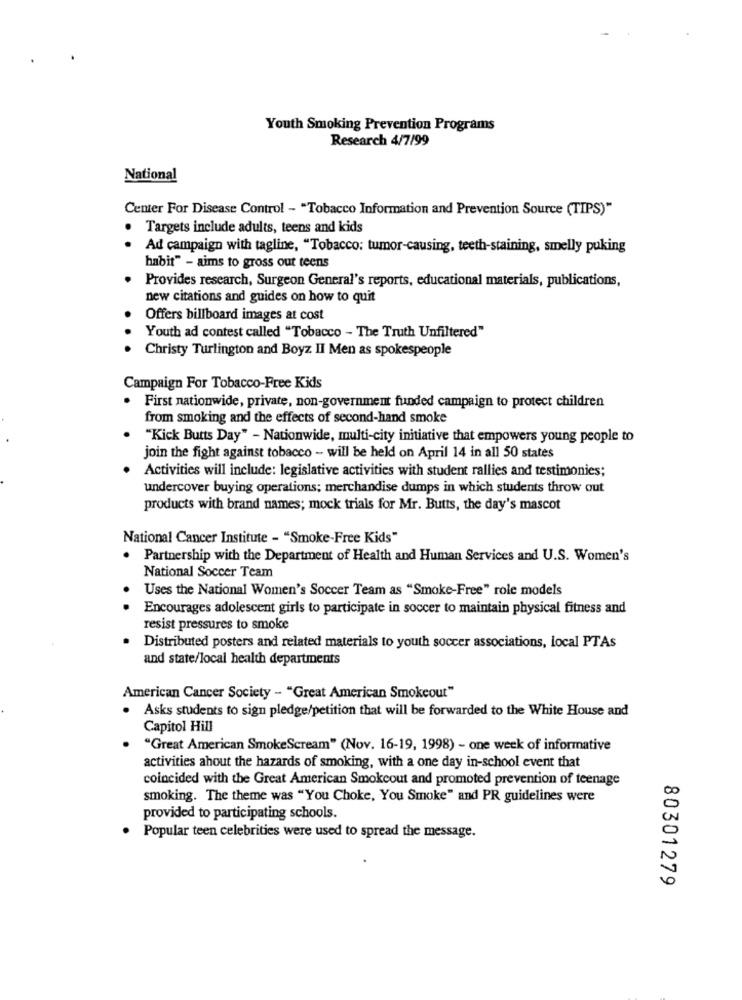
Youth Smoking Prevention Programs
Research 4/7/99
National
Center For Disease Control - "Tobacco Information and Prevention Source (TIPS)"
Targets include adults, teens and kids
Ad campaign with tagline, "Tobacco: tumor-causing, teeth-staining, smelly puking
habit" - aims to gross out teens
Provides research, Surgeon General's reports, educational materials, publications,
new citations and guides on how to quit
Offers billboard images at cost
Youth ad contest called "Tobacco - The Truth Unfiltered"
Christy Turlington and Boyz II Men as spokespeople
Campaign For Tobacco-Free Kids
. First nationwide, private, non-government funded campaign to protect children
from smoking and the effects of second-hand smoke
"Kick Butts Day" - Nationwide, multi-city initiative that empowers young people to
join the fight against tobacco - will be held on April 14 in all 50 states
Activities will include: legislative activities with student rallies and testimonies;
undercover buying operations; merchandise dumps in which students throw out
products with brand names; mock trials for Mr. Butts, the day's mascot
National Cancer Institute - "Smoke-Free Kids"
. Partnership with the Department of Health and Human Services and U.S. Women's
National Soccer Team
Uses the National Women's Soccer Team as "Smoke-Free" role models
Encourages adolescent girls to participate in soccer to maintain physical fitness and
resist pressures to smoke
Distributed posters and related materials to youth soccer associations, local PTAs
and state/local health departments
American Cancer Society - "Great American Smokeout"
Asks students to sign pledge/petition that will be forwarded to the White House and
Capitol Hill
"Great American SmokeScream" (Nov. 16-19, 1998) - one week of informative
activities ahout the hazards of smoking, with a one day in-school event that
coincided with the Great American Smokcout and promoted prevention of teenage
smoking. The theme was "You Choke, You Smoke" and PR guidelines were
provided to participating schools.
Popular teen celebrities were used to spread the message.
80301279